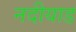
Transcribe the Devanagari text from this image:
नदीयाड